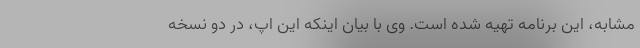
مشابه، این برنامه تهیه شده است. وی با بیان اینکه این اپ، در دو نسخه